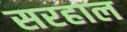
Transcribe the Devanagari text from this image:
सरहाल